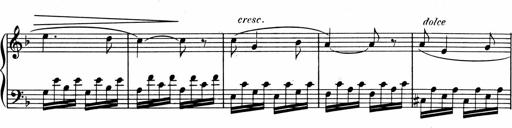
Title: 1Ã¨re Sonatine
Composer: FrÃ©dÃ©ric Binet